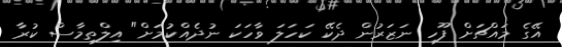
އޭގެ މައްޗަށް ފޫހި ނަޒަރުން ދެކޭ ކަހަލަ ވާހަކަ ނުދެއްކުމަށް" އިލްތިމާސް ކުރާ